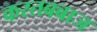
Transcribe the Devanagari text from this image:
करतबबाज